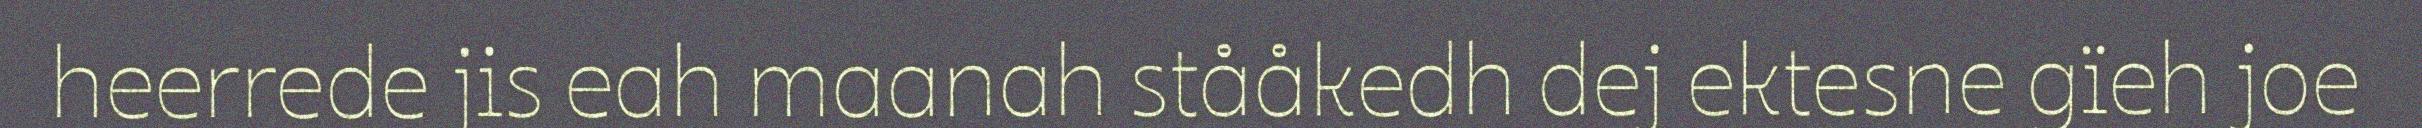
heerrede jis eah maanah stååkedh dej ektesne gïeh joe